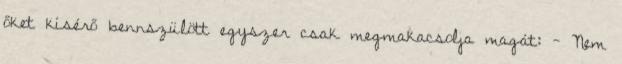
őket kísérő bennszülött egyszer csak megmakacsolja magát: - Nem